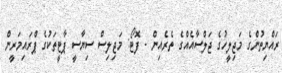
ރައްޔިތުންގެ މަޖިލީހުގެ ޖަލްސާއެއްގެ ތެރެއިން - ފޮޓޯ: މަޖިލިސް ސިޔާސީ ޕާޓީތަކުގެ ޕްރައިމަރީން